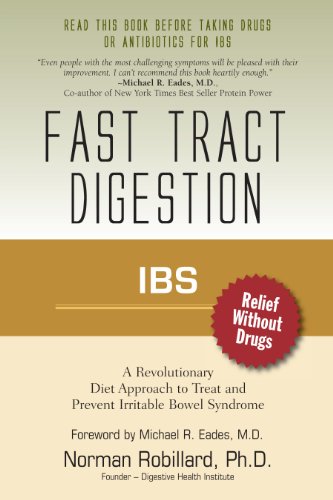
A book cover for IBS (Irritable Bowel Syndrome) - Fast Tract Digestion: Diet that Addresses the Root Cause of IBS, Small Intestinal Bacterial Overgrowth without Drugs or Antibiotics: Foreword by Dr. Michael Eades; Norman Robillard; Health, Fitness & Dieting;